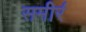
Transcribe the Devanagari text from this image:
समीर॔